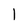
Character: l